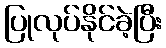
ပြုလုပ်နိုင်ခဲ့ပြီး